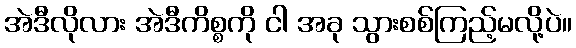
အဲဒီလိုလား အဲဒီကိစ္စကို ငါ အခု သွားစစ်ကြည့်မလို့ပဲ။